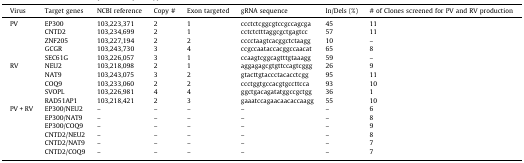
| Virus | Target genes | NCBI reference | Copy # | Exon targeted | gRNA sequence | In/Dels (%) | # of Clones screened for PV and RV production |
 | --- | --- | --- | --- | --- | --- | --- | --- |
 | <ROWSPAN=5> PV | EP300 | 103,223,371 | 2 | 1 | ccctctcggcgtccgccagcga | 45 | 11 |
 | CNTD2 | 103,234,699 | 2 | 1 | cctctctttaggcgctgagtcc | 57 | 11 |
 | ZNF205 | 103,227,194 | 2 | 2 | cccctaagtcacggctctaagg | 10 | – |
 | GCGR | 103,243,730 | 3 | 4 | ccgccaataccacggccaacat | 65 | 8 |
 | SEC61G | 103,226,057 | 3 | 1 | ccaagtcggcagtttgtaaagg | 59 | – |
 | <ROWSPAN=5> RV | NEU2 | 103,218,098 | 2 | 1 | aggagagcgtgttccagtcggg | 26 | 9 |
 | NAT9 | 103,243,075 | 3 | 2 | gtacttgtaccctacacctcgg | 95 | 11 |
 | COQ9 | 103,233,060 | 2 | 2 | ccctggtgccacgtgccttcca | 93 | 10 |
 | SVOPL | 103,226,981 | 4 | 4 | ggctgacagatatggccgctgg | 36 | 1 |
 | RAD51AP1 | 103,218,421 | 2 | 3 | gaaatccagaacaacaccaagg | 55 | 10 |
 | <ROWSPAN=6> PV + RV | EP300/NEU2 | – | – | – | – | – | 6 |
 | EP300/NAT9 | – | – | – | – | – | 8 |
 | EP300/COQ9 | – | – | – | – | – | 9 |
 | CNTD2/NEU2 | – | – | – | – | – | 8 |
 | CNTD2/NAT9 | – | – | – | – | – | 7 |
 | CNTD2/COQ9 | – | – | – | – | – | 7 |